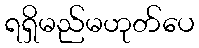
ရရှိမည်မဟုတ်ပေ